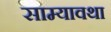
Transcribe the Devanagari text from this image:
साम्यावथा